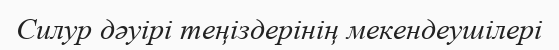
Силур дәуірі теңіздерінің мекендеушілері